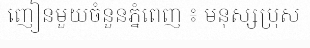
ញៀនមួយចំនួនភ្នំពេញ ៖ មនុស្សប្រុស